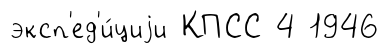
эксп'ед'и́циjи КПСС 4 1946